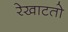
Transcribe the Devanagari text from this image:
रेखाटतो